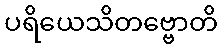
ပရိယေသိတဗ္ဗောတိ